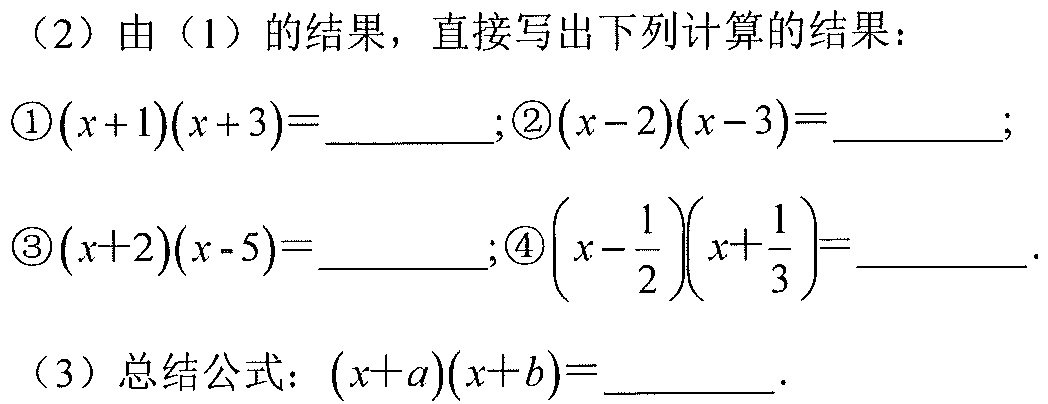
（2）由（1）的结果，直接写出下列计算的结果：
\textcircled{1}\((x + 1)(x + 3)=\underline{\quad\quad}\);\textcircled{2}\((x - 2)(x - 3)=\underline{\quad\quad}\);
\textcircled{3}\((x + 2)(x - 5)=\underline{\quad\quad}\);\textcircled{4}\(\left(x-\frac{1}{2}\right)\left(x+\frac{1}{3}\right)=\underline{\quad\quad}\).
（3）总结公式：\((x + a)(x + b)=\underline{\quad\quad}\).